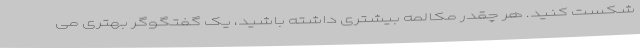
شکست کنید. هر چقدر مکالمه بیشتری داشته باشید، یک گفتگوگر بهتری می